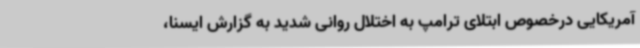
آمریکایی درخصوص ابتلای ترامپ به اختلال روانی شدید به گزارش ایسنا،